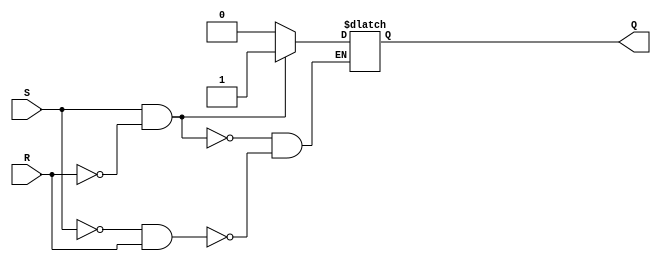
module SR_FF(
    input S,
    input R,
    output reg Q
);

always @ (S or R)
begin
    if (S & !R)
        Q <= 1;
    else if (!S & R)
        Q <= 0;
end

endmodule